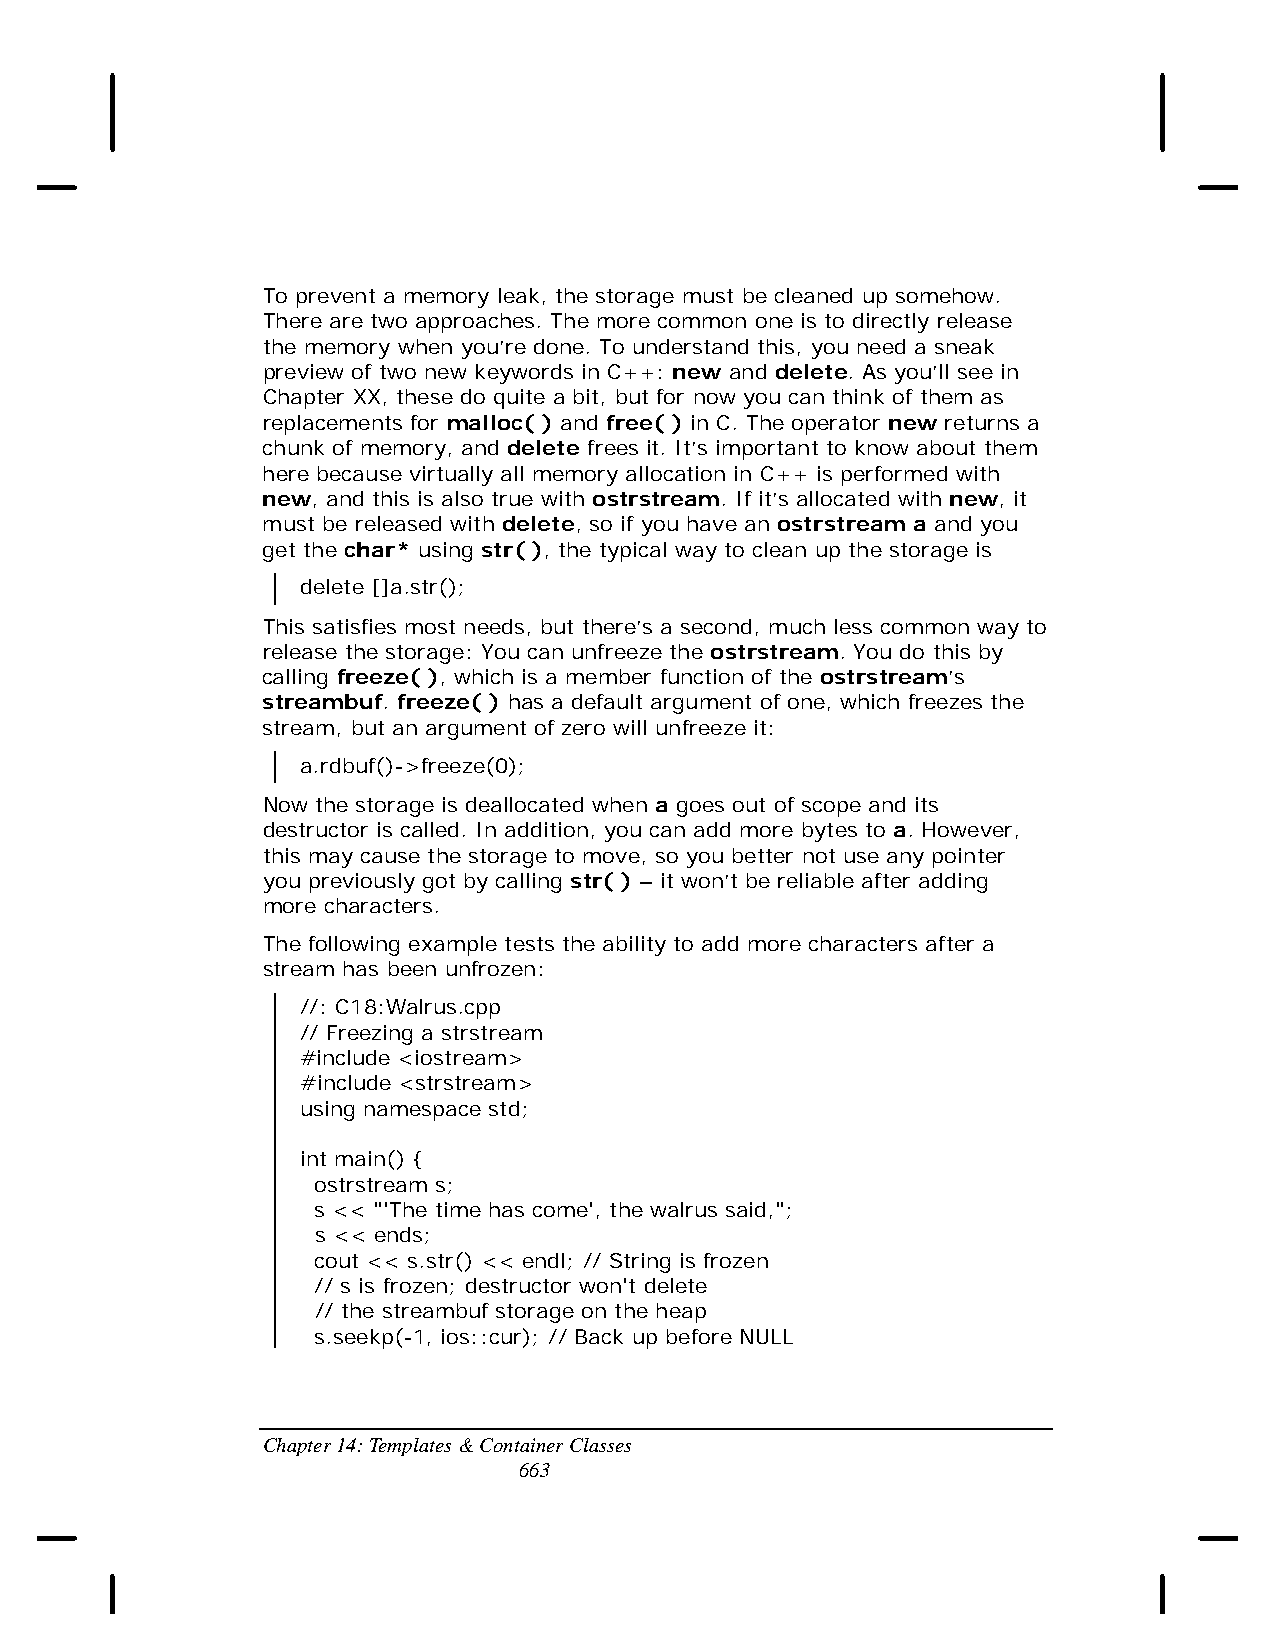
To prevent a memory leak, the storage must be cleaned up somehow.
 There are two approaches. The more common one is to directly release
 the memory when you’re done. To understand this, you need a sneak
 preview of two new keywords in C++: new and delete. As you’ll see in
 Chapter XX, these do quite a bit, but for now you can think of them as
 replacements for malloc( ) and free( ) in C. The operator new returns a
 chunk of memory, and delete frees it. It’s important to know about them
 here because virtually all memory allocation in C++ is performed with
 new, and this is also true with ostrstream. If it’s allocated with new, it
 must be released with delete, so if you have an ostrstream a and you
 get the char* using str( ), the typical way to clean up the storage is
 delete []a.str();
 This satisfies most needs, but there’s a second, much less common way to
 release the storage: You can unfreeze the ostrstream. You do this by
 calling freeze( ), which is a member function of the ostrstream’s
 streambuf. freeze( ) has a default argument of one, which freezes the
 stream, but an argument of zero will unfreeze it:
 a.rdbuf()->freeze(0);
 Now the storage is deallocated when a goes out of scope and its
 destructor is called. In addition, you can add more bytes to a. However,
 this may cause the storage to move, so you better not use any pointer
 you previously got by calling str( ) – it won’t be reliable after adding
 more characters.
 The following example tests the ability to add more characters after a
 stream has been unfrozen:
 //: C18:Walrus.cpp
 // Freezing a strstream
 #include <iostream>
 #include <strstream>
 using namespace std;
 int main() {
 ostrstream s;
 s << "'The time has come', the walrus said,";
 s << ends;
 cout << s.str() << endl; // String is frozen
 // s is frozen; destructor won't delete
 // the streambuf storage on the heap
 s.seekp(-1, ios::cur); // Back up before NULL
 Chapter 14: Templates & Container Classes
 663